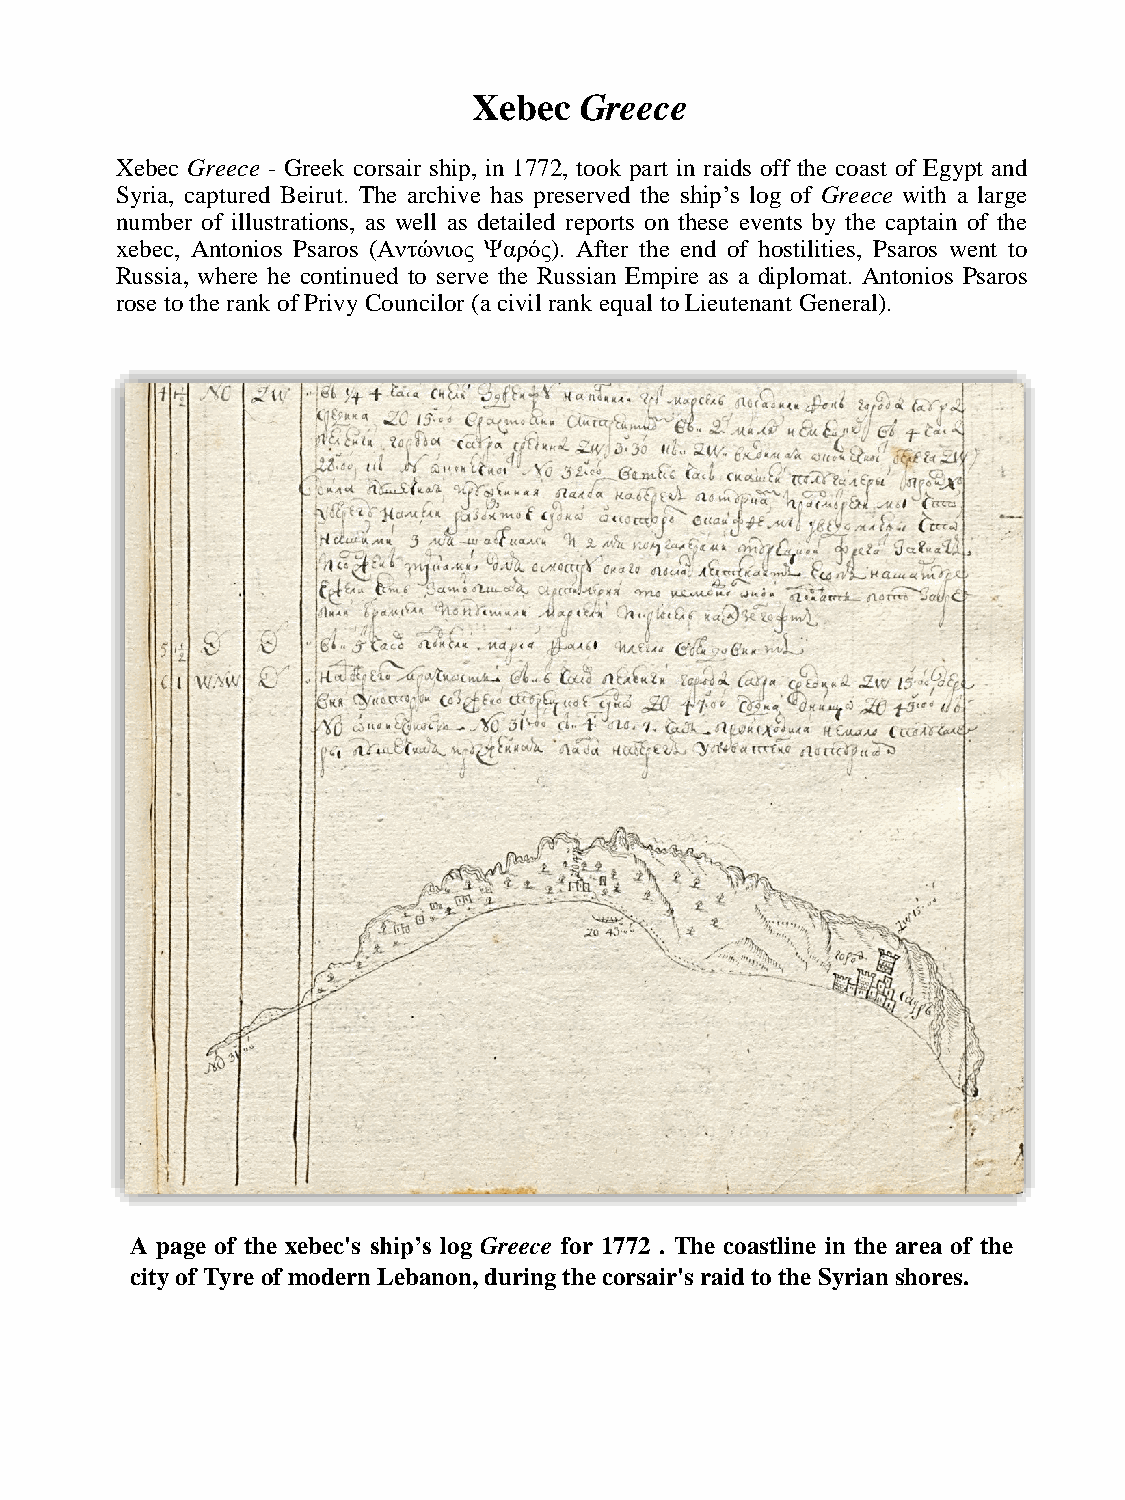
Xebec  Greece
 Xebec Greece - Greek corsair ship, in 1772, took part in raids off the coast of Egypt and
 Syria, captured Beirut. The archive has preserved the ship’s log of Greece with a large
 number of illustrations, as well as detailed reports on these events by the captain of the
 xebec, Antonios Psaros (Αντώνιος Ψαρός). After the end of hostilities, Psaros went to
 Russia, where he continued to serve the Russian Empire as a diplomat. Antonios Psaros
 rose to the rank ofPrivy Councilor (a civil rank equal to Lieutenant General).
 A page of the xebec's ship’s log Greece for 1772 . The coastline in the area of the
 city of Tyre ofmodern Lebanon,duringthecorsair's raid to theSyrianshores.